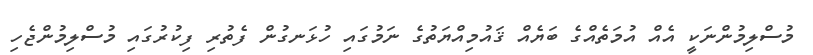
މުސްލިމުންނަކީ އެއް އުމަތެއްގެ ބަޔެއް ޤައުމިއްޔަތުގެ ނަމުގައި ހުޅަނގުން ފެތުރި ފިކުރުގައި މުސްލިމުންޖެހި